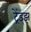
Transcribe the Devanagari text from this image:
ट्रेंड्‌झ